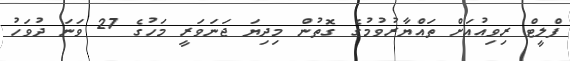
ފްލީޓް ރިވިއުއަށް ތައްޔާރުވުމުގެ ގޮތުން މިދިޔަ ޖަނަވަރީ މަހުގެ 27 ވަނަ ދުވަހު